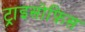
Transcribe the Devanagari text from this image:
ट्राइसोफ़िस